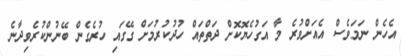
އެހެން ނަމަވެސް އެއަށްވުރެ މާ އަގުހެޔޮކޮށް ދަތްތައް ހުދުކުރުމަށް ގޭގައި ހުރެގެން ބޭނުންކުރެވިދާނެ